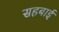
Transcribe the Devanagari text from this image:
सहबाई